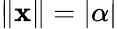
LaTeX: \| \mathbf{x}\| =|\alpha|